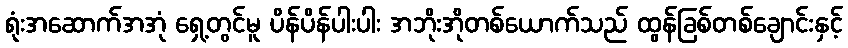
ရုံးအဆောက်အအုံ ရှေ့တွင်မူ ပိန်ပိန်ပါးပါး အဘိုးအိုတစ်ယောက်သည် ထွန်ခြစ်တစ်ချောင်းနှင့်